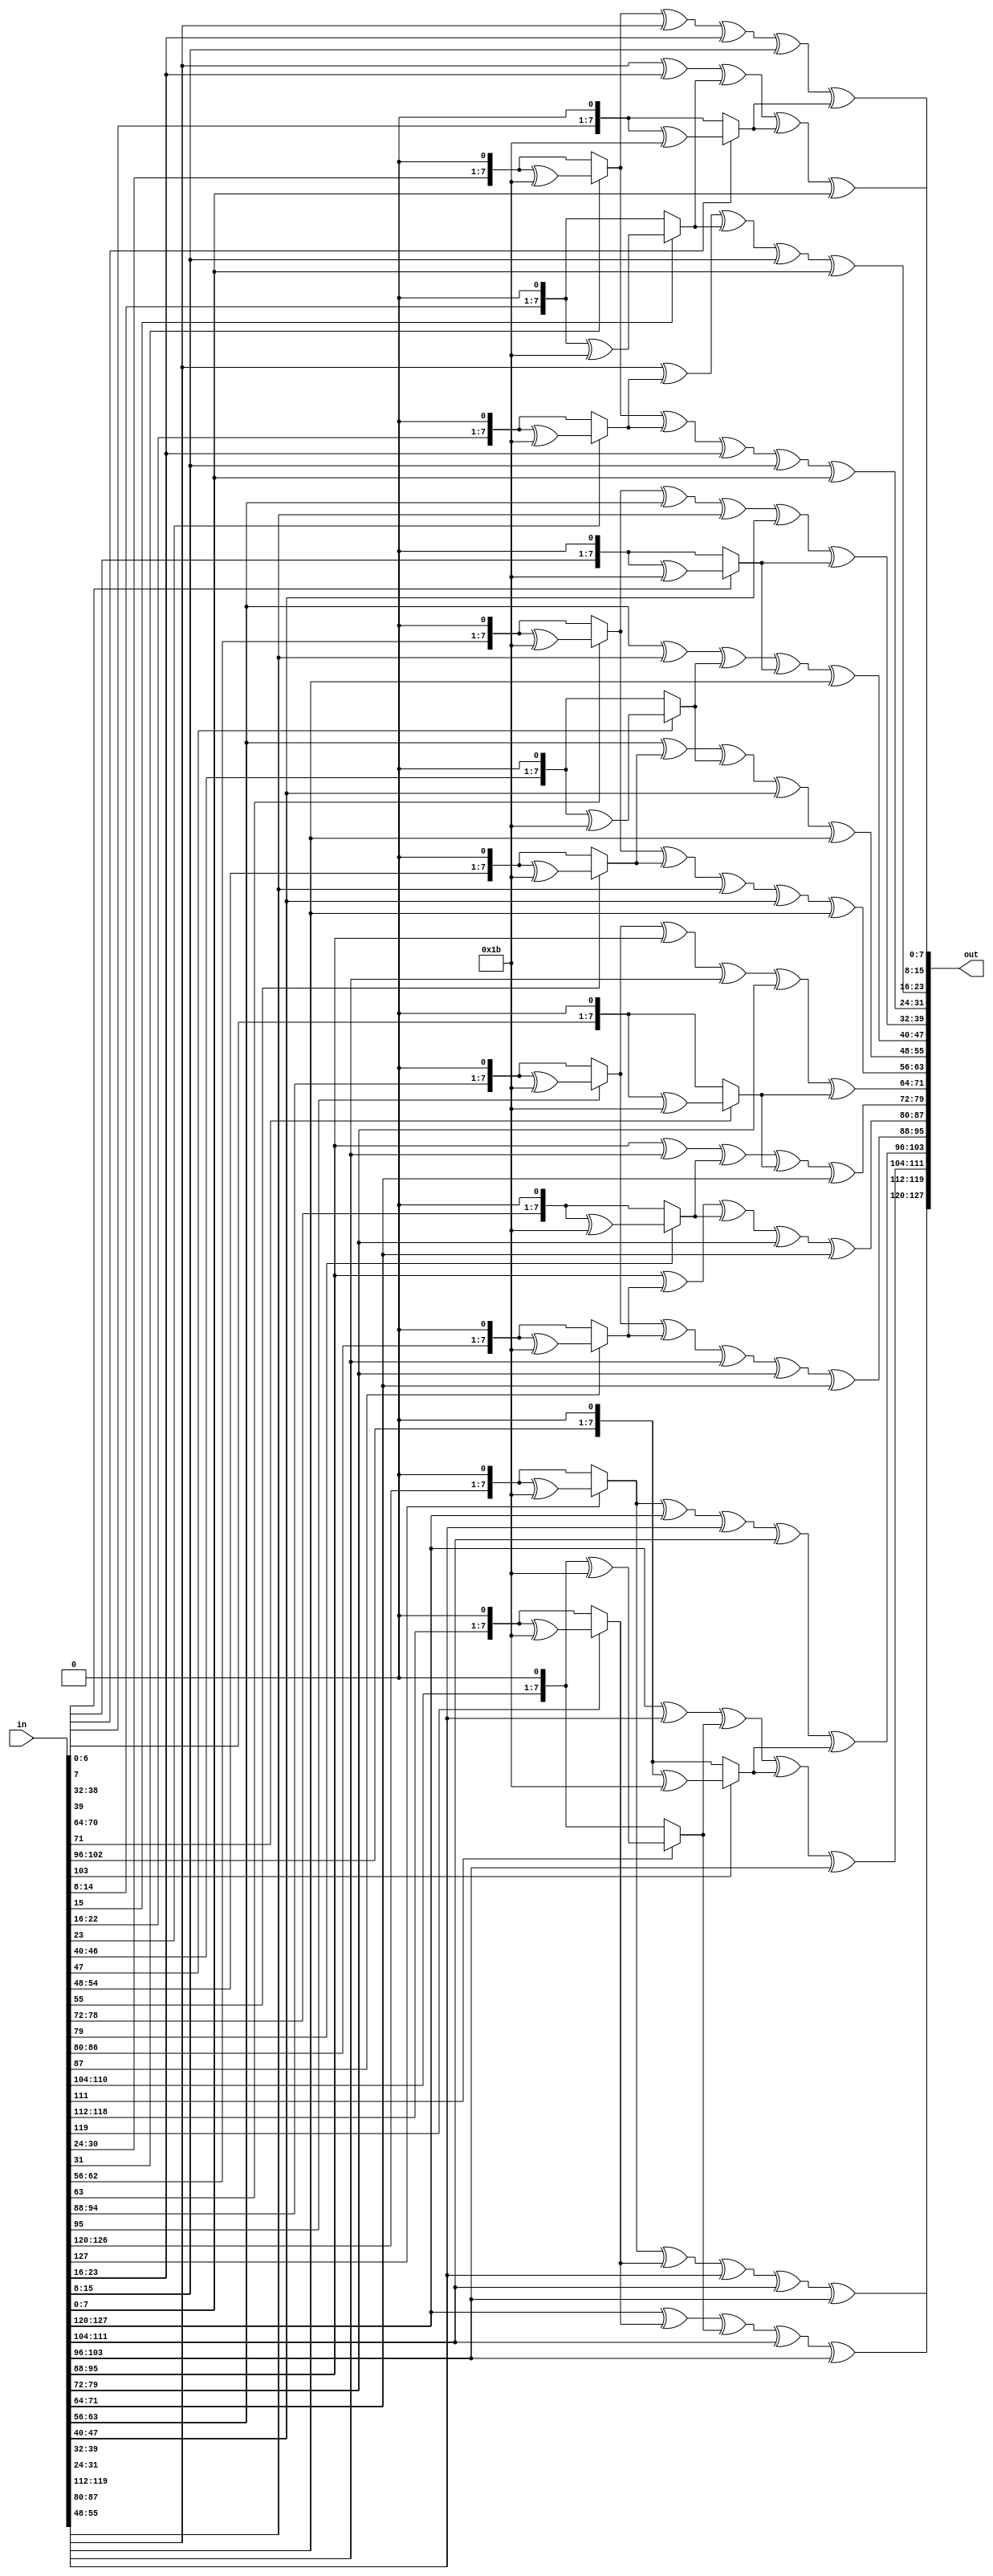
module MixColumns(
input [127:0] in ,
output [127:0] out 
);

// column 0
assign out [127:120]= xtimes2(in[127:120])^ xtimes2(in[119:112])^in[119:112]^in[111:104]^in[103:96]; 
assign out [95:88]= xtimes2(in[95:88])^ xtimes2(in[87:80])^in[87:80]^in[79:72]^in[71:64];
assign out [63:56]= xtimes2(in[63:56])^ xtimes2(in[55:48])^in[55:48]^in[47:40]^in[39:32];
assign out [31:24]= xtimes2(in[31:24])^ xtimes2(in[23:16])^in[23:16]^in[15:8]^in[7:0];

//column 1
assign out [119:112]=in[127:120]^ xtimes2(in[119:112])^ xtimes2(in[111:104])^(in[111:104])^in[103:96];
assign out [87:80]=in[95:88]^ xtimes2(in[87:80])^ xtimes2(in[79:72])^(in[79:72])^in[71:64];
assign out [55:48]=in[63:56]^ xtimes2(in[55:48])^ xtimes2(in[47:40])^(in[47:40])^in[39:32];
assign out [23:16]=in[31:24]^ xtimes2(in[23:16])^ xtimes2(in[15:8])^(in[15:8])^in[7:0];

// column 2
assign out [111:104]=in[127:120]^in[119:112]^ xtimes2(in[111:104])^ xtimes2(in[103:96])^in[103:96];
assign out [79:72]=in[95:88]^in[87:80]^ xtimes2(in[79:72])^ xtimes2(in[71:64])^in[71:64];
assign out [47:40]=in[63:56]^in[55:48]^ xtimes2(in[47:40])^ xtimes2(in[39:32])^in[39:32];
assign out [15:8]=in[31:24]^in[23:16]^ xtimes2(in[15:8])^ xtimes2(in[7:0])^in[7:0];

//column 3
assign out [103:96]= xtimes2(in[127:120])^in[127:120]^in[119:112]^in[111:104]^ xtimes2(in[103:96]);
assign out [71:64]= xtimes2(in[95:88])^in[95:88]^in[87:80]^in[79:72]^ xtimes2(in[71:64]);
assign out [39:32]= xtimes2(in[63:56])^in[63:56]^in[55:48]^in[47:40]^ xtimes2(in[39:32]);
assign out [7:0]= xtimes2(in[31:24])^in[31:24]^in[23:16]^in[15:8]^ xtimes2(in[7:0]);

//------------------------------------------------

// functions:

function [7:0] xtimes2;
    input [7:0] x;
    begin 
        if(x[7] == 1)
            xtimes2 = ((x << 1) ^ 8'h1b);
        else 
            xtimes2 = x << 1; 
    end     
endfunction

endmodule 

//2ec27d03c428e061c5529e8f9d9a53de